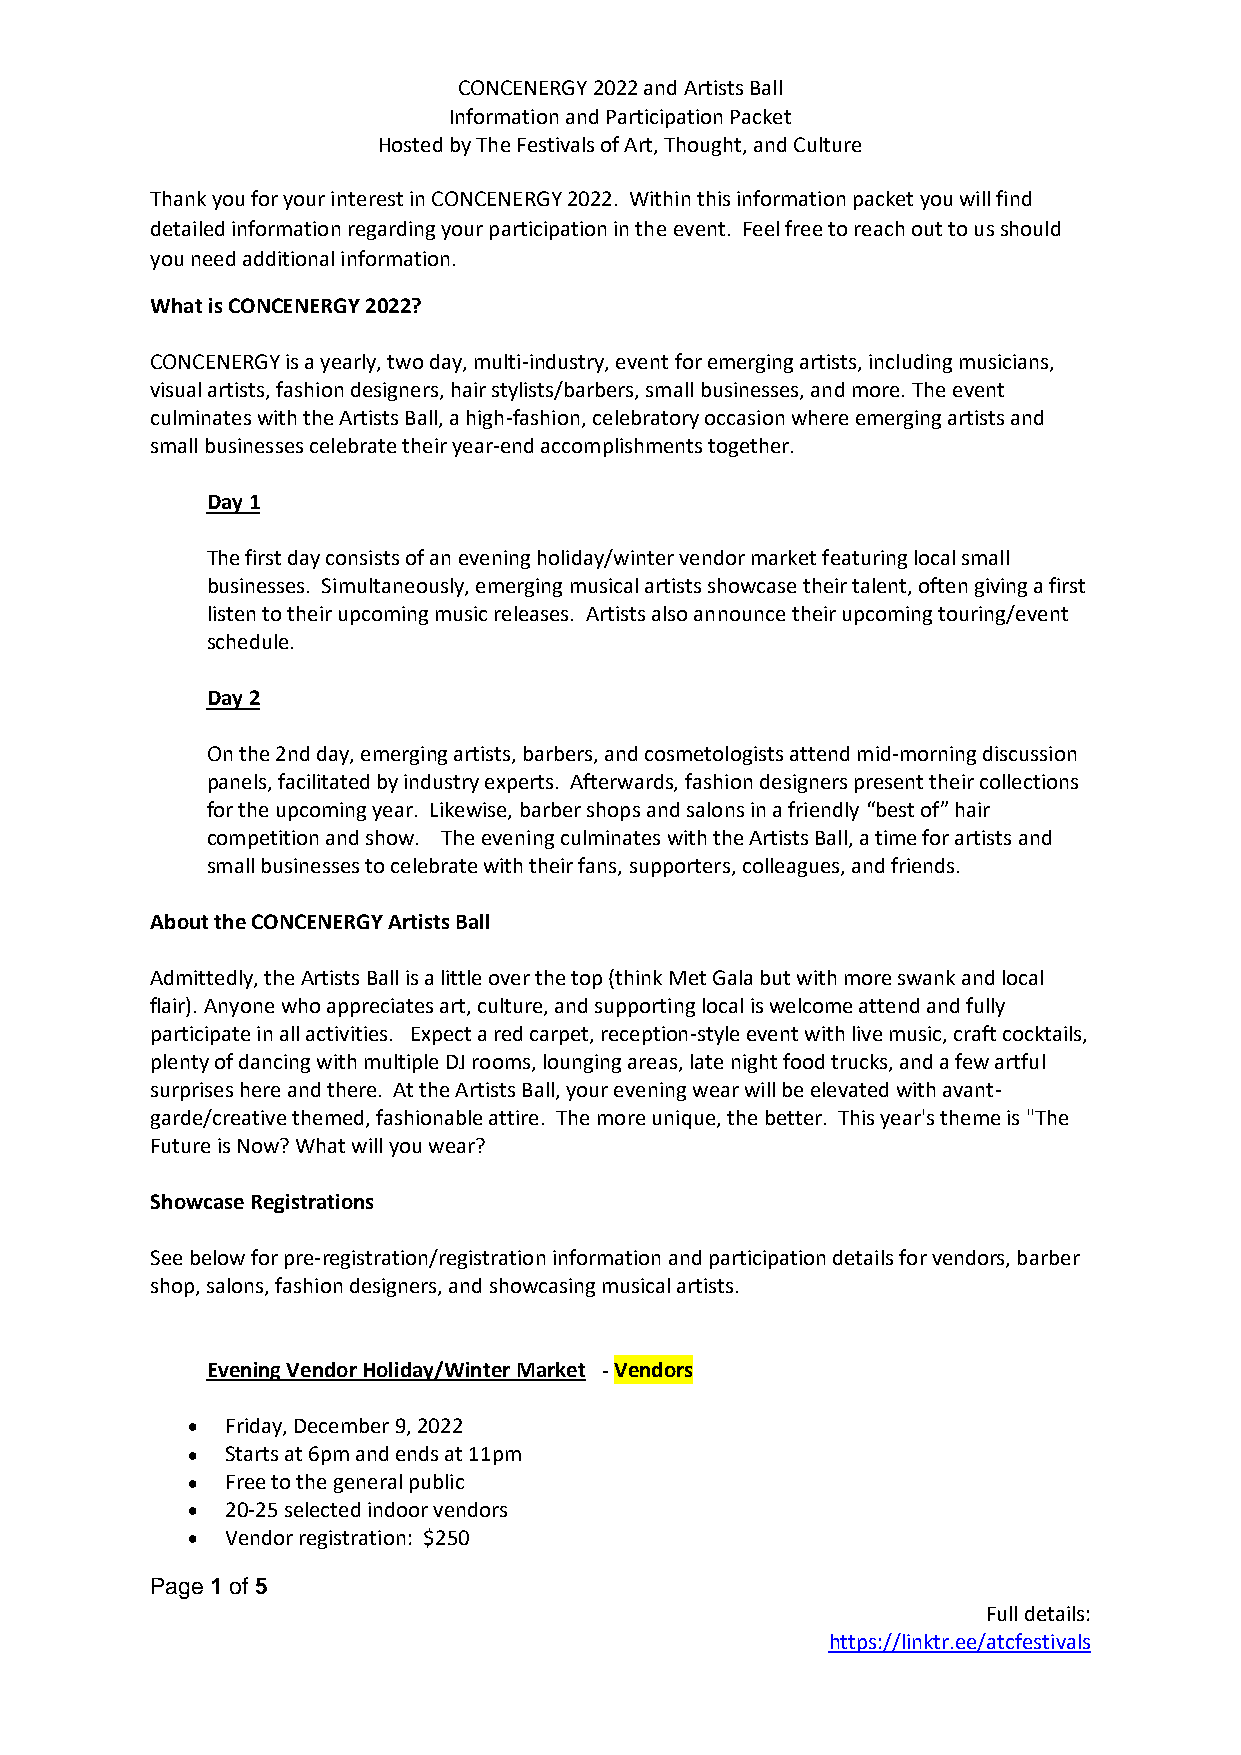
CONCENERGY 2022 and Artists Ball
 Information and Participation Packet
 Hosted by The Festivals of Art, Thought, and Culture
 Thank you for your interest in CONCENERGY 2022. Within this information packet you will find
 detailed information regarding your participation in the event. Feel free to reach out to us should
 you need additional information.
 What is CONCENERGY 2022?
 CONCENERGY is a yearly, two day, multi-industry, event for emerging artists, including musicians,
 visual artists, fashion designers, hair stylists/barbers, small businesses, and more. The event
 culminates with the Artists Ball, a high-fashion, celebratory occasion where emerging artists and
 small businesses celebrate their year-end accomplishments together.
 Day 1
 The first day consists of an evening holiday/winter vendor market featuring local small
 businesses. Simultaneously, emerging musical artists showcase their talent, often giving a first
 listen to their upcoming music releases. Artists also announce their upcoming touring/event
 schedule.
 Day 2
 On the 2nd day, emerging artists, barbers, and cosmetologists attend mid-morning discussion
 panels, facilitated by industry experts. Afterwards, fashion designers present their collections
 for the upcoming year. Likewise, barber shops and salons in a friendly “best of” hair
 competition and show. The evening culminates with the Artists Ball, a time for artists and
 small businesses to celebrate with their fans, supporters, colleagues, and friends.
 About the CONCENERGY Artists Ball
 Admittedly, the Artists Ball is a little over the top (think Met Gala but with more swank and local
 flair). Anyone who appreciates art, culture, and supporting local is welcome attend and fully
 participate in all activities. Expect a red carpet, reception-style event with live music, craft cocktails,
 plenty of dancing with multiple DJ rooms, lounging areas, late night food trucks, and a few artful
 surprises here and there. At the Artists Ball, your evening wear will be elevated with avant-
 garde/creative themed, fashionable attire. The more unique, the better. This year's theme is "The
 Future is Now? What will you wear?
 Showcase Registrations
 See below for pre-registration/registration information and participation details for vendors, barber
 shop, salons, fashion designers, and showcasing musical artists.
 Evening Vendor Holiday/Winter Market - Vendors
 •  Friday, December 9, 2022
 •  Starts at 6pm and ends at 11pm
 •  Free to the general public
 •  20-25 selected indoor vendors
 •  Vendor registration: $250
 Page 1 of 5
 Full details:
 https://linktr.ee/atcfestivals